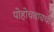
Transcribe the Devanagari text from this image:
पोहोचवायची